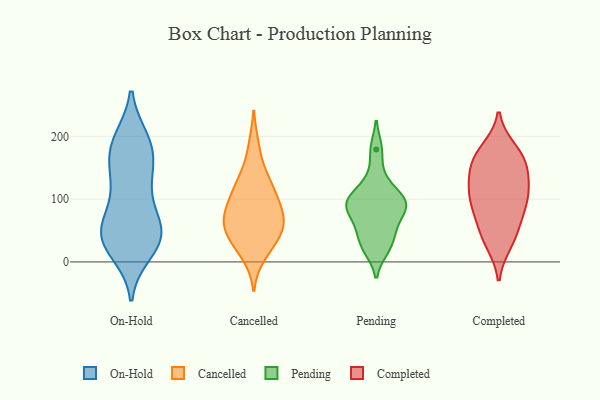
{"axis": {"x": "Humidity (%)", "y": "Value"}, "legend": ["Cancelled", "Completed", "On-Hold", "Pending"], "data": [{"x": "", "y": 134, "type": "On-Hold"}, {"x": "", "y": 68, "type": "On-Hold"}, {"x": "", "y": 30, "type": "On-Hold"}, {"x": "", "y": 180, "type": "On-Hold"}, {"x": "", "y": 37, "type": "On-Hold"}, {"x": "", "y": 16, "type": "On-Hold"}, {"x": "", "y": 51, "type": "On-Hold"}, {"x": "", "y": 48, "type": "On-Hold"}, {"x": "", "y": 91, "type": "On-Hold"}, {"x": "", "y": 34, "type": "On-Hold"}, {"x": "", "y": 189, "type": "On-Hold"}, {"x": "", "y": 121, "type": "On-Hold"}, {"x": "", "y": 36, "type": "On-Hold"}, {"x": "", "y": 51, "type": "On-Hold"}, {"x": "", "y": 145, "type": "On-Hold"}, {"x": "", "y": 191, "type": "On-Hold"}, {"x": "", "y": 163, "type": "On-Hold"}, {"x": "", "y": 194, "type": "On-Hold"}, {"x": "", "y": 10, "type": "Cancelled"}, {"x": "", "y": 138, "type": "Cancelled"}, {"x": "", "y": 105, "type": "Cancelled"}, {"x": "", "y": 54, "type": "Cancelled"}, {"x": "", "y": 23, "type": "Cancelled"}, {"x": "", "y": 185, "type": "Cancelled"}, {"x": "", "y": 75, "type": "Cancelled"}, {"x": "", "y": 68, "type": "Cancelled"}, {"x": "", "y": 88, "type": "Cancelled"}, {"x": "", "y": 131, "type": "Cancelled"}, {"x": "", "y": 112, "type": "Cancelled"}, {"x": "", "y": 48, "type": "Cancelled"}, {"x": "", "y": 41, "type": "Cancelled"}, {"x": "", "y": 82, "type": "Cancelled"}, {"x": "", "y": 52, "type": "Cancelled"}, {"x": "", "y": 21, "type": "Pending"}, {"x": "", "y": 91, "type": "Pending"}, {"x": "", "y": 86, "type": "Pending"}, {"x": "", "y": 179, "type": "Pending"}, {"x": "", "y": 130, "type": "Pending"}, {"x": "", "y": 27, "type": "Pending"}, {"x": "", "y": 97, "type": "Pending"}, {"x": "", "y": 52, "type": "Pending"}, {"x": "", "y": 59, "type": "Pending"}, {"x": "", "y": 91, "type": "Pending"}, {"x": "", "y": 102, "type": "Pending"}, {"x": "", "y": 153, "type": "Completed"}, {"x": "", "y": 86, "type": "Completed"}, {"x": "", "y": 167, "type": "Completed"}, {"x": "", "y": 49, "type": "Completed"}, {"x": "", "y": 35, "type": "Completed"}, {"x": "", "y": 30, "type": "Completed"}, {"x": "", "y": 115, "type": "Completed"}, {"x": "", "y": 134, "type": "Completed"}, {"x": "", "y": 172, "type": "Completed"}, {"x": "", "y": 68, "type": "Completed"}, {"x": "", "y": 158, "type": "Completed"}, {"x": "", "y": 179, "type": "Completed"}, {"x": "", "y": 127, "type": "Completed"}, {"x": "", "y": 110, "type": "Completed"}, {"x": "", "y": 98, "type": "Completed"}, {"x": "", "y": 90, "type": "Completed"}]}